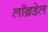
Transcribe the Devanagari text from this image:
लॉन्रडेल